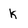
Character: k